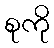
စုကို